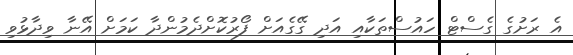
އެ ރަށުގެ ގެސްޓް ހައުސްތަކާއި އަދި ގޭގެއަށް ފޯރުކޮށްދެމުންދާ ކަމަށް އޭނާ ވިދާޅުވި